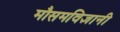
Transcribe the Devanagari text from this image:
मौसमविज्ञानी